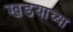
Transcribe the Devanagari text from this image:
खडयाच्या